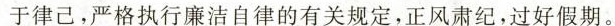
于律己，严格执行廉洁自律的有关规定，正风肃纪，过好假期。